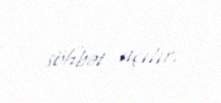
söhbət açılır.